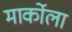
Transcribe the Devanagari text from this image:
मार्कोला